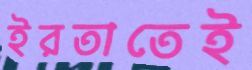
ইরতাতেই